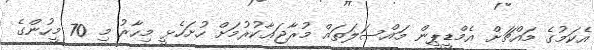
އެކަމުގެ މައްޗަށް އެމްޑީޕީން މައްސަލަތައް މުރާޖަޢާކުރުމަށް ހުށަހެޅީ މިހާރު މި 70 މީހުންގެ